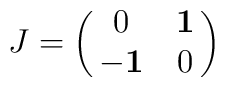
J=\left (\matrix{0&\hbox {\bf 1}\cr-\hbox {\bf 1}&0\cr}\right )